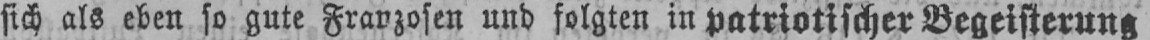
sich als eben so gute Franzosen und folgten in patriotischer Begeisterung